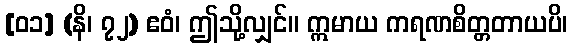
[၀၁] (နိ၊ ၇၂) ဧဝံ၊ ဤသို့လျှင်။ ဣမာယ ကရဏစိတ္တတာယပိ၊